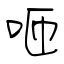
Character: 咂